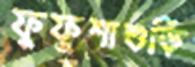
ফুফুশাশুড়ি